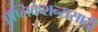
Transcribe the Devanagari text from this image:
अॅप्लिकेशन्ससाठी